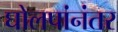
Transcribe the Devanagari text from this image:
घोलपांनंतर